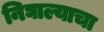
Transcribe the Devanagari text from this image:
निघाल्याचा